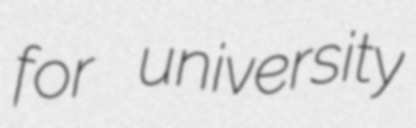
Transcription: for university